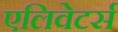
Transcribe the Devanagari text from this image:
एलिवेटर्स